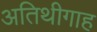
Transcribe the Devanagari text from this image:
अतिथीगाह